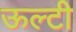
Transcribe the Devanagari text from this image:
ऊल्टी